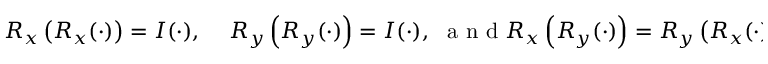
\begin{array} { r l } { R _ { x } \left( R _ { x } ( \cdot ) \right) = I ( \cdot ) , \ } & { { } R _ { y } \left( R _ { y } ( \cdot ) \right) = I ( \cdot ) , \ \mathrm { ~ a ~ n ~ d ~ } R _ { x } \left( R _ { y } ( \cdot ) \right) = R _ { y } \left( R _ { x } ( \cdot ) \right) } \end{array}